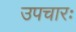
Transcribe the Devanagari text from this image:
उपचारः